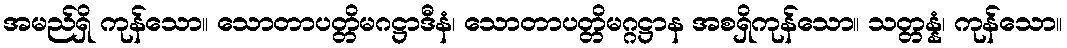
အမည်ရှိ ကုန်သော။ သောတာပတ္တိမဂဋ္ဌာဒီနံ၊ သောတာပတ္တိမဂ္ဂဋ္ဌာန အစရှိကုန်သော။ သတ္တန္နံ၊ ကုန်သော။